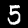
Digit: 5